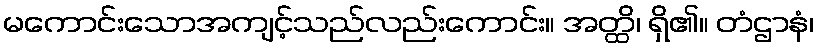
မကောင်းသောအကျင့်သည်လည်းကောင်း။ အတ္ထိ၊ ရှိ၏။ တံဌာနံ၊